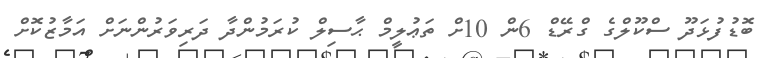
ބޮޑުފުޅަދޫ ސްކޫލްގެ ގްރޭޑް 6ން 10ށް ތަޢުލީމް ޙާސިލް ކުރަމުންދާ ދަރިވަރުންނަށް އަމާޒުކޮށް